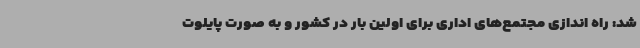
شد: راه اندازی مجتمع‌های اداری برای اولین بار در کشور و به صورت پایلوت